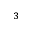
^ { 3 }